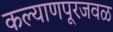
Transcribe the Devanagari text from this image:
कल्याणपूरजवळ